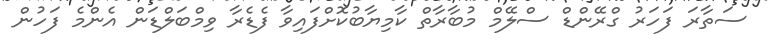
ސަތާރަ ފަހަރު ގްރޭންޑް ސްލޭމް މުބާރާތް ކާމިޔާބުކޮށްފައިވާ ފެޑެރާ ވިމްބަލްޑަން އެންމެ ފަހުން